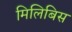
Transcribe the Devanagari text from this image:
मिलिबिस